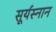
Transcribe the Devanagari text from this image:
सूर्यस्नान